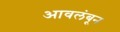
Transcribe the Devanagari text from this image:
आवलंबून